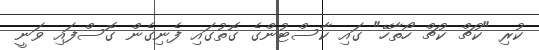
ކުރި "ކުޗް ކުޗް ހޯތާހޭ" ގައި ކާސްޓުންގެ ގޮތުގައި ފެނިގެން ގޮސްފައި ވަނީ